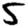
Digit: 5